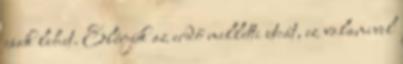
csak lehet. Elérjük az erdő melletti utcát, ez valamivel